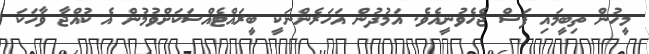
މީހުން ތިބީމައި ފަސް ޖެހެވުނީއެވެ. އަމުދުން އަހަރެންނަކީ ބީރައްޓެއްސަކަށްވުމުން އެ ކުއްޖާ ވާހަކަ